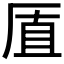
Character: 𪠋